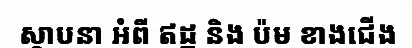
ស្ថាបនា អំពី ឥដ្ឋ និង ប៉ម ខាងជើង